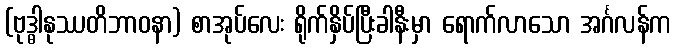
(ဗုဒ္ဓါနုဿတိဘာဝနာ) စာအုပ်လေး ရိုက်နှိပ်ပြီးခါနီးမှာ ရောက်လာသော အင်္ဂလန်က